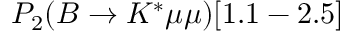
P _ { 2 } ( B \to K ^ { * } \mu \mu ) [ 1 . 1 - 2 . 5 ]